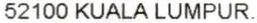
52100 KUALA LUMPUR.